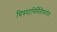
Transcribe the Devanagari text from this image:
चित्रपटनिर्मितीमागील